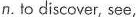
n.to discover, see,